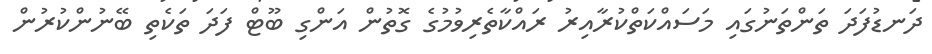
ދަނޑުފަދަ ތަންތަނުގައި މަސައްކަތްކުރާއިރު ރައްކާތެރިވުމުގެ ގޮތުން އަންގި ބޫޓް ފަދަ ތަކެތި ބޭނުންކުރުން